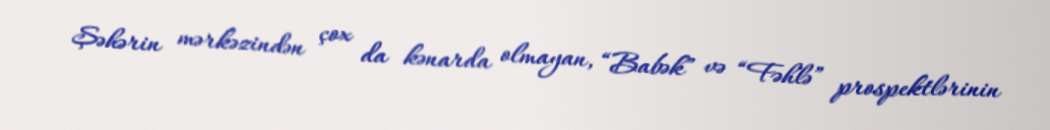
Şəhərin mərkəzindən çox da kənarda olmayan, “Babək” və “Fəhlə” prospektlərinin